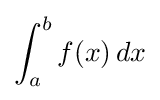
\int _{a}^{b}f(x)\,dx